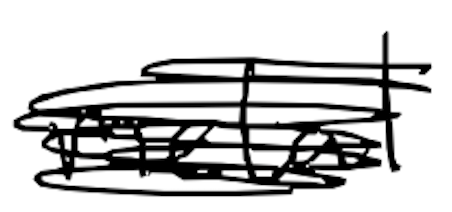
Text: metal
Cross-out: scratch
Writing tool: digital_black